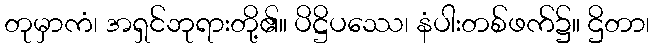
တုမှာကံ၊ အရှင်ဘုရားတို့၏။ ပိဋ္ဌိပဿေ၊ နံပါးတစ်ဖက်၌။ ဌိတာ၊